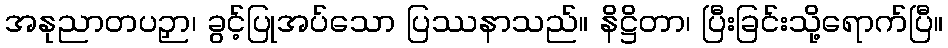
အနုညာတပဉှာ၊ ခွင့်ပြုအပ်သော ပြဿနာသည်။ နိဋ္ဌိတာ၊ ပြီးခြင်းသို့ရောက်ပြီ။